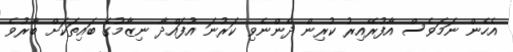
އެހެން ނަމަވެސް އާފުރޭއިރު ކުރިން ދެންނެވި ކަރުނަ އުފައްދާ ނިޒާމުގެ ބައިތަކަށް ބާރުވެ